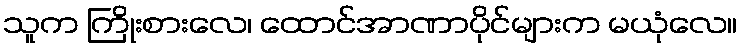
သူက ကြိုးစားလေ၊ ထောင်အာဏာပိုင်များက မယုံလေ။